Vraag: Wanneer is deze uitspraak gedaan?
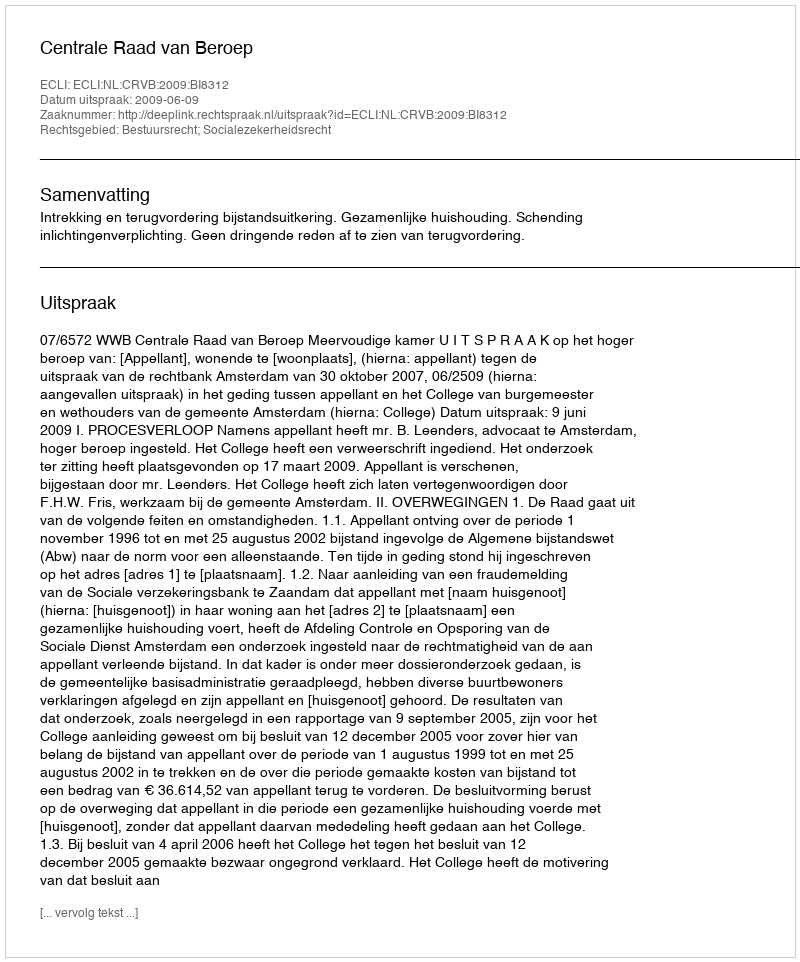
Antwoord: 2009-06-09